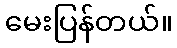
မေးပြန်တယ်။